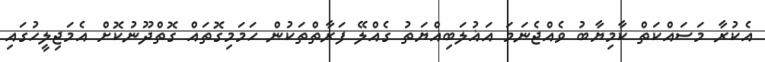
އެކުރާ މަސައްކަތް ކާމިޔާބު ވެއްޖެނަމަ އަޣުލަބިއްޔަތު ގެއްލޭ ފަރާތްތަކުން ހަމަމިގޮތައް ގޮތްދޫނުކޮށް އެމަޖިލީހުގައި